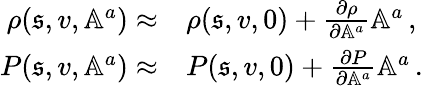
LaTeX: \begin{array}{rl}{\rho(\mathfrak{s},v,\mathbb{A}^{a})\approx}&{\rho(\mathfrak{s},v,0)+\frac{\partial\rho}{\partial\mathbb{A}^{a}}\mathbb{A}^{a}\, ,}\\ {P(\mathfrak{s},v,\mathbb{A}^{a})\approx}&{P(\mathfrak{s},v,0)+\frac{\partial P}{\partial\mathbb{A}^{a}}\mathbb{A}^{a}\, .}\end{array}